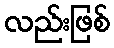
လည်းဖြစ်